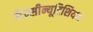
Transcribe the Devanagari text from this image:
मैक्सीन्यूट्रिशियन